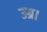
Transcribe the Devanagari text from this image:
उग्र।